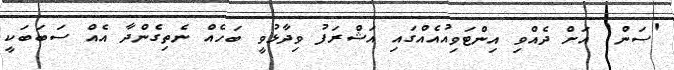
'ސަން' އަށް ދެއްވި އިންޓަވިއުއެއްގައި އަޝްރަފު ވިދާޅުވީ ބަހެއް ނެތިގެންދާ އެއް ސަބަބަކީ